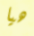
هيا